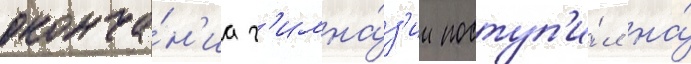
оконча́н'иа г'имна́з'ии поступ'и́л на́